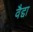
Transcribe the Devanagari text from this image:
वैद्दा